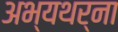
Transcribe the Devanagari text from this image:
अभ्यथर्ना